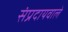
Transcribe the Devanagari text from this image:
संप्रदायवाले